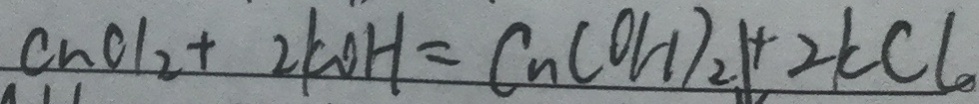
C _ { n } C L _ { 2 } + 2 K O H = C _ { n } ( O H ) _ { 2 } \downarrow + 2 K C L